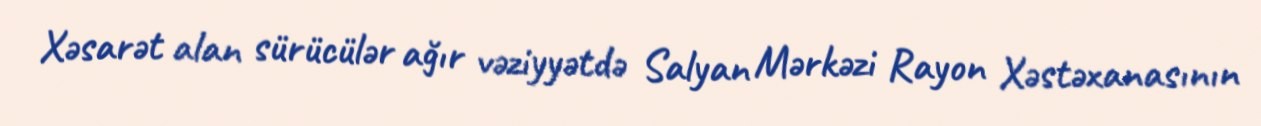
Xəsarət alan sürücülər ağır vəziyyətdə Salyan Mərkəzi Rayon Xəstəxanasının